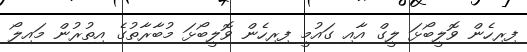
ފިރިހެން ވޮލީބޯޅަ ލީގް އާއި ގައުމީ ފިރިހެން ވޮލީބޯޅަ މުބާރާތުގެ އިތުރުން މައިލޯ